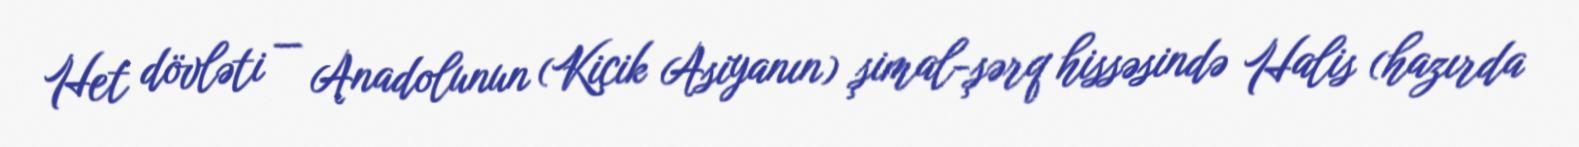
Het dövləti — Anadolunun (Kiçik Asiyanın) şimal-şərq hissəsində Halis (hazırda